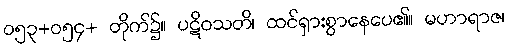
ဝ၅၃+ဝ၅၄+ တိုက်၌။ ပဋိဝသတိ၊ ထင်ရှားစွာနေပေ၏။ မဟာရာဇ၊